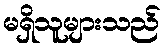
မရှိသူများသည်